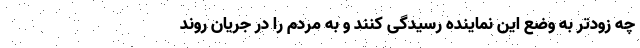
چه زودتر به وضع این نماینده رسیدگی کنند و به مردم را در جریان روند